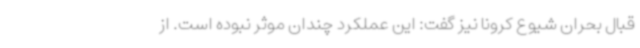
قبال بحران شیوع کرونا نیز گفت: این عملکرد چندان موثر نبوده است. از